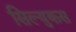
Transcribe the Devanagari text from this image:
सिल्युकस